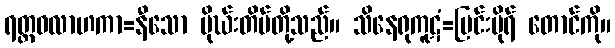
ရတ္တဝလာဟကာ=နီသော မိုဃ်းတိမ်တို့သည်။ သိနေရုကူဋံ=မြင်းမိုရ် တောင်ကို။